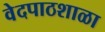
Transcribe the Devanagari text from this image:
वेदपाठशाळा